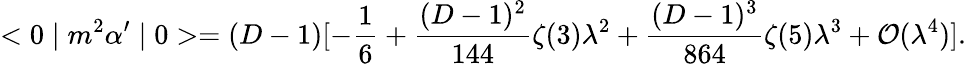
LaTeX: <0\mid m^{2}\alpha^{\prime}\mid 0>=(D-1)[-\frac{1}{6}+\frac{(D-1)^{2}}{144}\zeta(3)\lambda^{2}+\frac{(D-1)^{3}}{864}\zeta(5)\lambda^{3}+{\cal O}(\lambda^{4})].